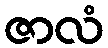
ဇာလံ